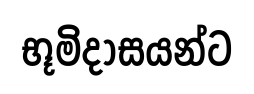
භූමිදාසයන්ට